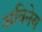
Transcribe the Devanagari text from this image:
अविनेय